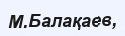
М.Балақаев,